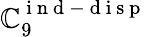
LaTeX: \mathbb{C}_{9}^{\mathrm{{~i~n~d~-~d~i~s~p~}}}